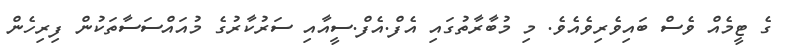
ގެ ޓީމެއް ވެސް ބައިވެރިވެއެވެ. މި މުބާރާތުގައި އެފް.އެފް.ސީއާއި ސަރުކާރުގެ މުއައްސަސާތަކުން ފިރިހެން